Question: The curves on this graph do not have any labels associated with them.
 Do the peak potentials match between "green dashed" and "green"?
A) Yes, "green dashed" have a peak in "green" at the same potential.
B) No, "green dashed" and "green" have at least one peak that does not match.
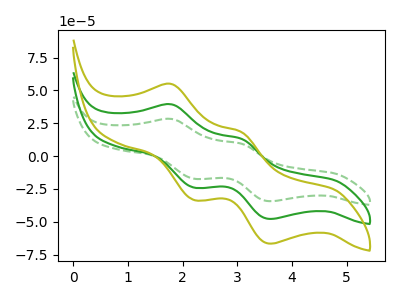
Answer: <think>The green dashed curve "green dashed" has anodic peaks at (1.80V, 28.30uA) (3.05V, 9.50uA) and cathodic peaks at (2.20V, -17.25uA) (3.60V, -34.40uA). The green curve "green" has anodic peaks at (1.80V, 39.40uA) (3.05V, 13.20uA) and cathodic peaks at (2.20V, -24.00uA) (3.60V, -47.90uA). The olive curve "olive" has anodic peaks at (1.80V, 78.80uA) (3.05V, 26.40uA) and cathodic peaks at (2.20V, -48.05uA) (3.60V, -95.80uA).</think>
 <answer>A) Yes, "green dashed" have a peak in "green" at the same potential.</answer>
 <eval>A</eval>